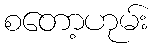
စတော့ဟုမ်း